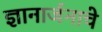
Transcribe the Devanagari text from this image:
ज्ञानार्जनाचे